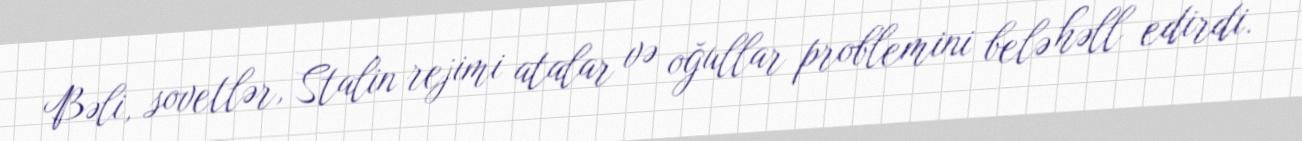
Bəli, sovetlər, Stalin rejimi atalar və oğullar problemini belə həll edirdi.